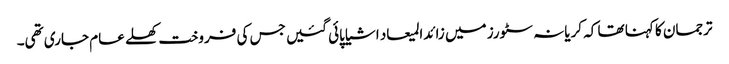
ترجمان کا کہنا تھا کہ کریانہ سٹورز میں زائدالمیعاد اشیا پائی گئیں جس کی فروخت کھلے عام جاری تھی۔